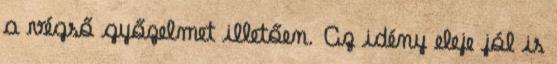
a végső győzelmet illetően. Az idény eleje jól is